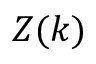
Z ( k )